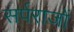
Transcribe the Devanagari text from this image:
सर्पराजों